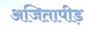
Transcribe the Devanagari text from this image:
अजितापीड़